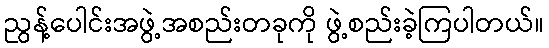
ညွန့်ပေါင်းအဖွဲ့အစည်းတခုကို ဖွဲ့စည်းခဲ့ကြပါတယ်။